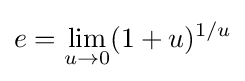
e=\lim _{u\to 0}(1+u)^{1/u}